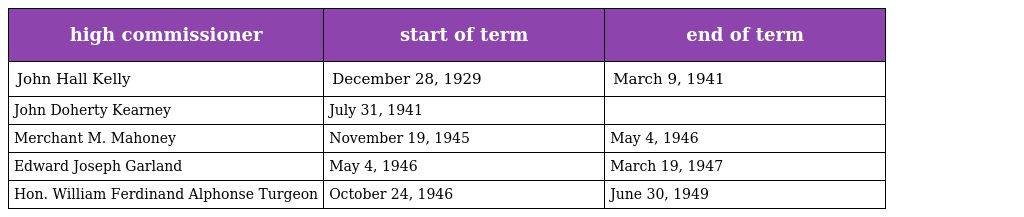
| high commissioner | start of term | end of term |
 | --- | --- | --- |
 | John Hall Kelly | December 28, 1929 | March 9, 1941 |
 | John Doherty Kearney | July 31, 1941 |  |
 | Merchant M. Mahoney | November 19, 1945 | May 4, 1946 |
 | Edward Joseph Garland | May 4, 1946 | March 19, 1947 |
 | Hon. William Ferdinand Alphonse Turgeon | October 24, 1946 | June 30, 1949 |